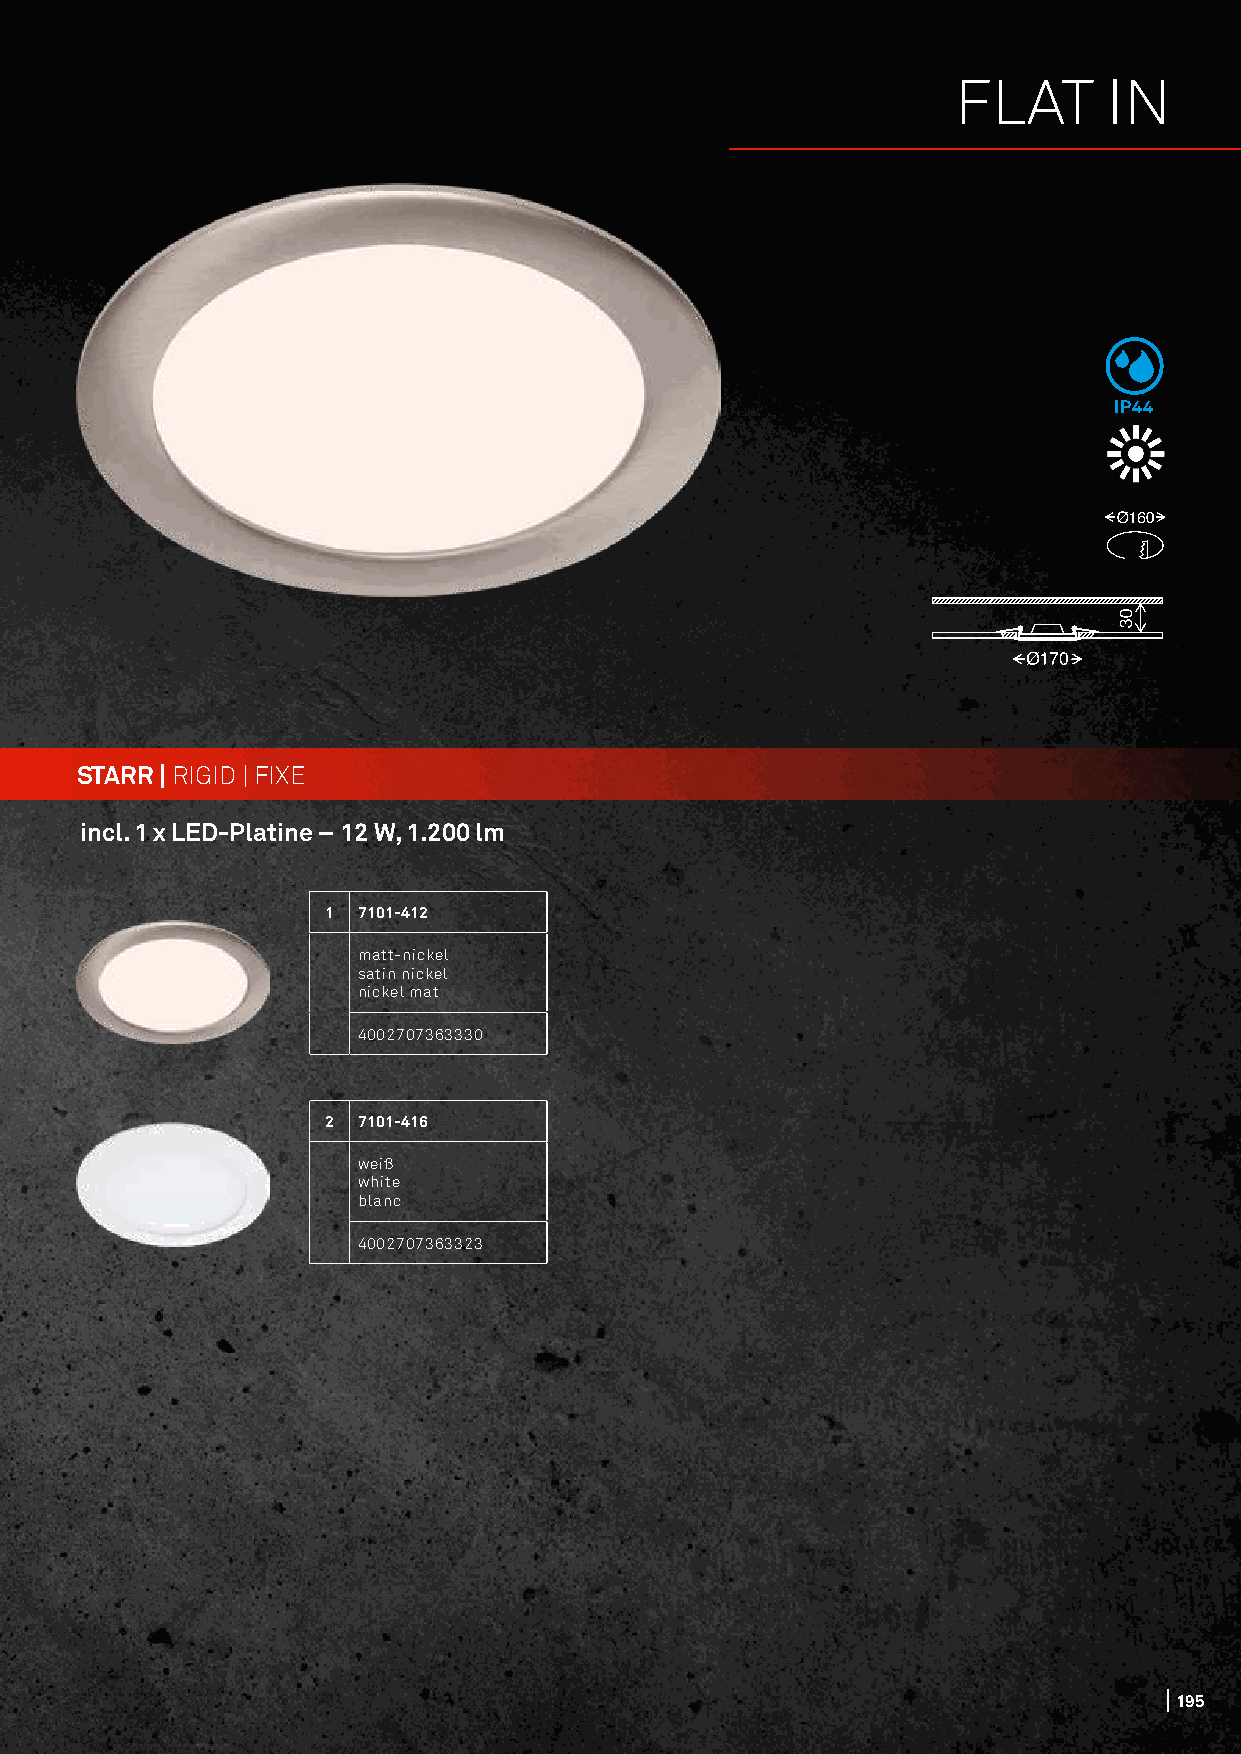
FLAT      IN
 IP44
 STARR | RIGID | FIXE
 incl. 1 x LED-Platine – 12 W, 1.200 lm
 1 7101-412
 matt-nickel
 satin nickel
 nickel mat
 4002707363330
 2 7101-416
 weiß
 white
 blanc
 4002707363323
 195